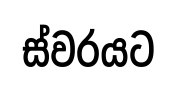
ස්වරයට